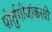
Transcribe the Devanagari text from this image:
पोर्तुगीजांकरवी